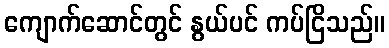
ကျောက်ဆောင်တွင် နွယ်ပင် ကပ်ငြိသည်။